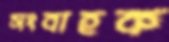
সংবাহক